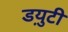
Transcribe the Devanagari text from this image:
डय़ुटी